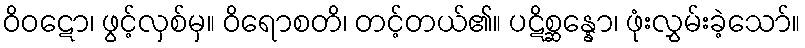
ဝိဝဋော၊ ဖွင့်လှစ်မှ။ ဝိရောစတိ၊ တင့်တယ်၏။ ပဋိစ္ဆန္နော၊ ဖုံးလွှမ်းခဲ့သော်။